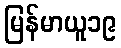
မြန်မာယူ၁၉